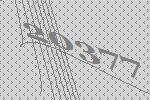
20377